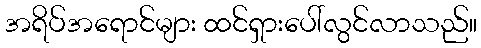
အရိပ်အရောင်များ ထင်ရှားပေါ်လွင်လာသည်။